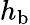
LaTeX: h_{\mathrm{b}}